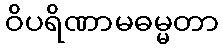
ဝိပရိဏာမဓမ္မတာ